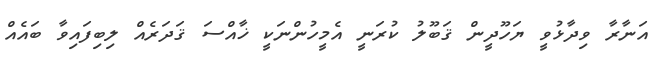
އަނާރާ ވިދާޅުވީ ޔަހޫދީން ޤަބޫލު ކުރަނީ އެމީހުންނަކީ ޚާއްސަ ޤަދަރެއް ލިބިފައިވާ ބައެއް